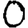
Digit: 0